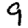
Digit: 9